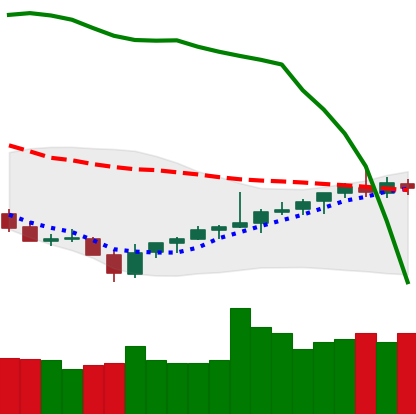
Ticker: TRX-USD
Chart end date: 2021-08-03
Forward return: 12.425%
Label: up_7plus